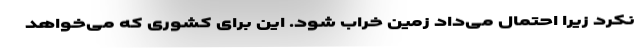
نکرد زیرا احتمال می‌داد زمین خراب شود. این برای کشوری که می‌خواهد